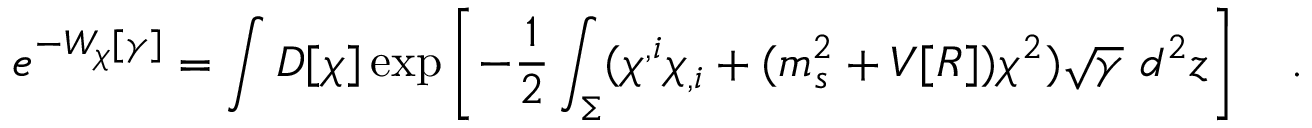
e ^ { - W _ { \chi } [ \gamma ] } = \int D [ \chi ] \exp \left[ - \frac 1 2 \int _ { \Sigma } ( \chi ^ { , i } \chi _ { , i } + ( m _ { s } ^ { 2 } + V [ { \cal R } ] ) \chi ^ { 2 } ) \sqrt { \gamma } ~ d ^ { 2 } z \right] ~ ~ ~ .